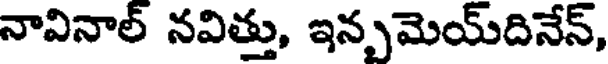
నావినాల్ నవిత్తు, ఇనృమెయ్దినేన్,